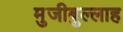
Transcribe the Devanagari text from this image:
मुजीबुल्लाह